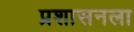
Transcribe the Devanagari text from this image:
प्रशासनला